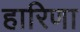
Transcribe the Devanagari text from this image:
हारिणा